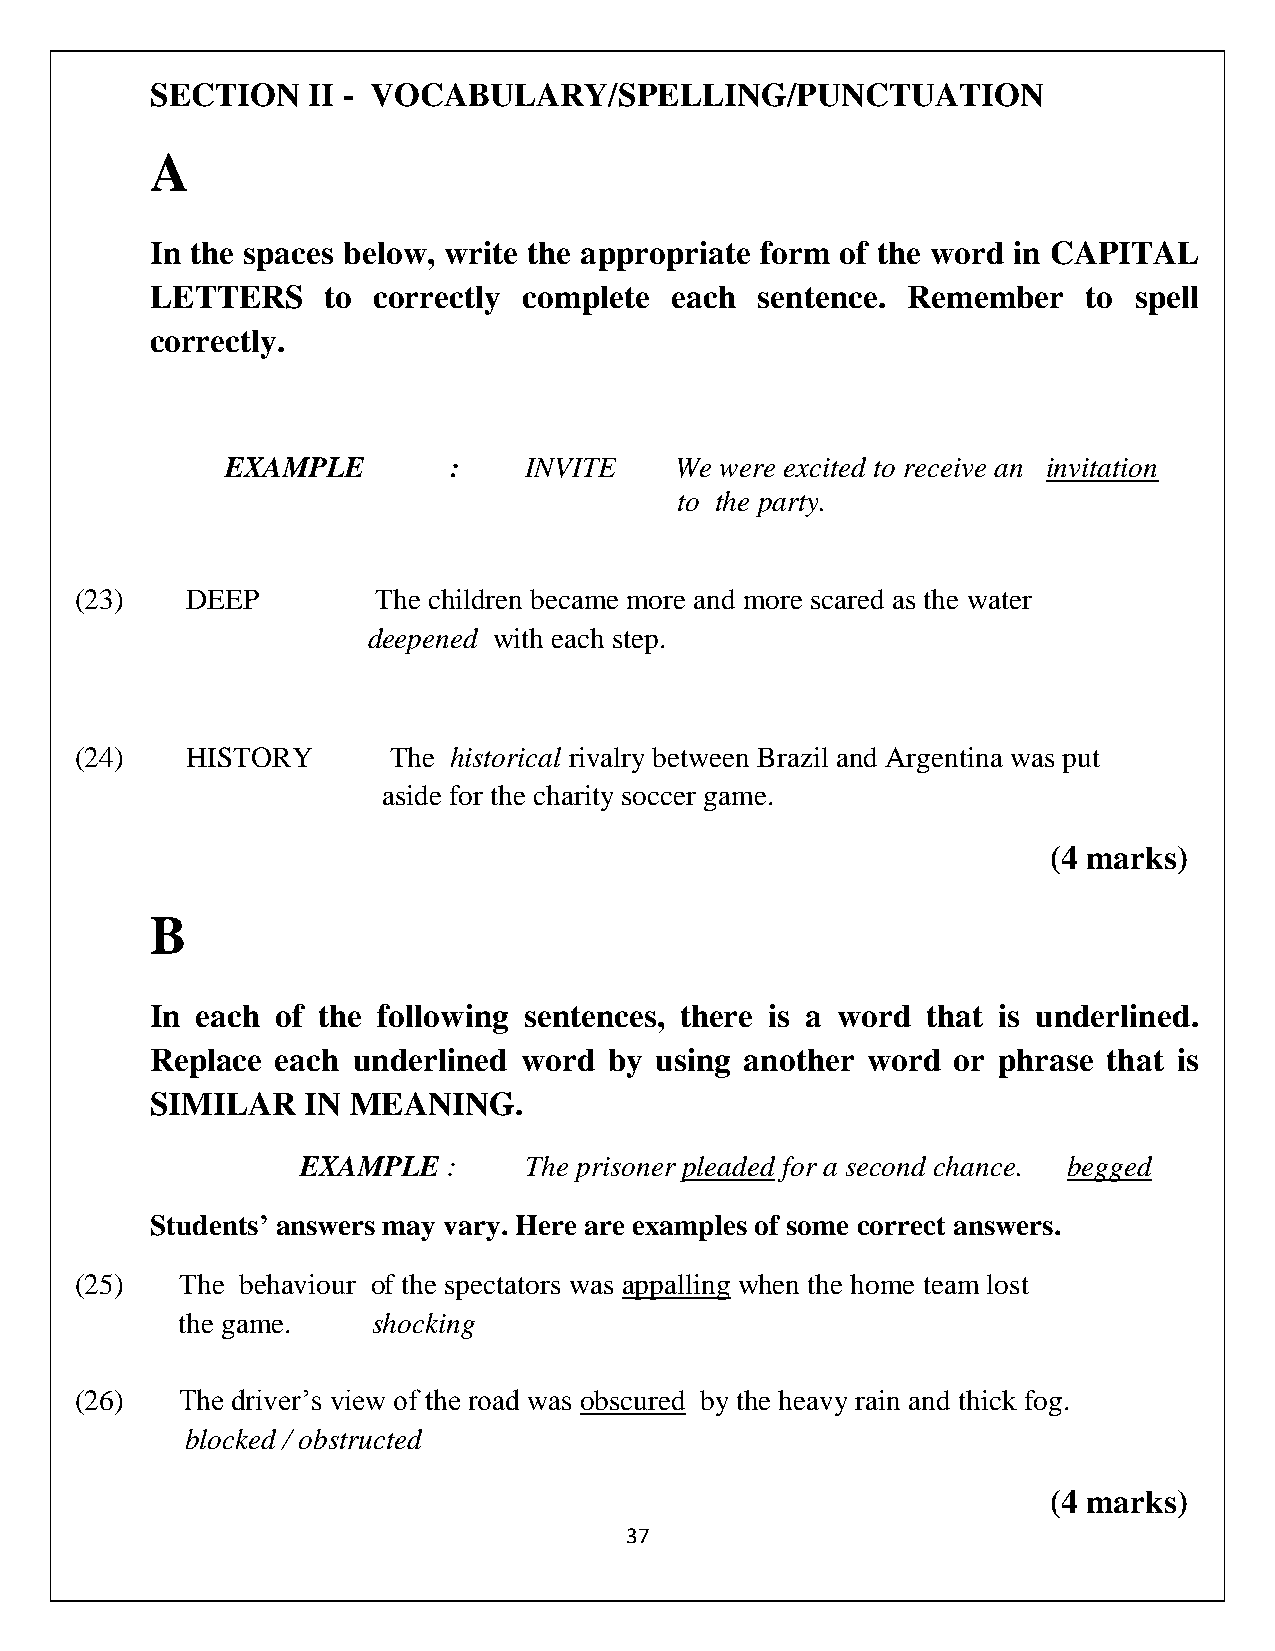
SECTION   II - VOCABULARY/SPELLING/PUNCTUATION
 A
 In the spaces below, write the appropriate form of the word in CAPITAL
 LETTERS     to correctly complete each  sentence. Remember    to spell
 correctly.
 EXAMPLE        :    INVITE    We were excited to receive an invitation
 to the party.
 (23)   DEEP         The children became more and more scared as the water
 deepened with each step.
 (24)   HISTORY       The historical rivalry between Brazil and Argentina was put
 aside for the charity soccer game.
 (4 marks)
 B
 In each of the following sentences, there is a word that is underlined.
 Replace each underlined word  by using another word  or phrase that is
 SIMILAR   IN MEANING.
 EXAMPLE   :    The prisoner pleaded for a second chance. begged
 Students’ answers may vary. Here are examples of some correct answers.
 (25)   The behaviour of the spectators was appalling when the home team lost
 the game.    shocking
 (26)   The driver’s view of the road was obscured by the heavy rain and thick fog.
 blocked / obstructed
 (4 marks)
 37